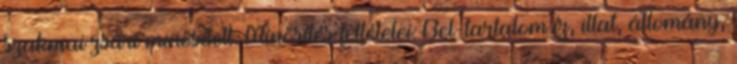
szakmai zsűri minősített. Minősítés feltételei: Bel-tartalom íz, illat, állomány,